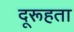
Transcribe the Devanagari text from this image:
दूरूहता